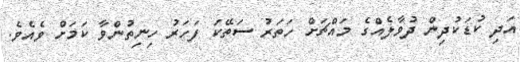
އަދި ކުޑަކުދިން ދުވާލެއްގެ މައްޗަށް ހަތަރު ސަތޭކަ ފަހަރު ހިނިތުންވާ ކަމަށް ވެއެވެ.